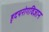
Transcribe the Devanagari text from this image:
हृदयरोगविज्ञान